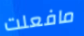
مافعلت